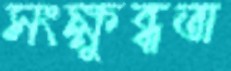
সংক্ষুব্ধতা